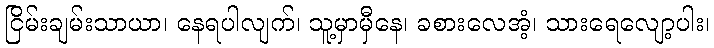
ငြိမ်းချမ်းသာယာ၊ နေရပါလျက်၊ သူ့မှာမှီနေ၊ ခစားလေအံ့၊ သားရေလျော့ပါး၊